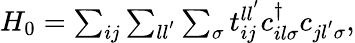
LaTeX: \begin{array}{r}{H_{\mathrm{0}}=\sum_{ij}\sum_{ll^{'}}\sum_{\sigma}t_{ij}^{ll^{'}}c_{il\sigma}^{\dagger}c_{jl^{'}\sigma},}\end{array}